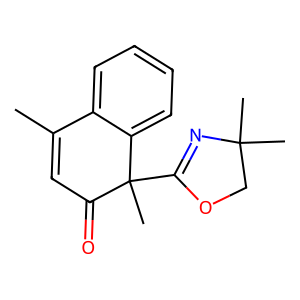
SMILES: CC1=CC(=O)C(C)(C2=NC(C)(C)CO2)c2ccccc21
Inhibits HIV replication: Yes